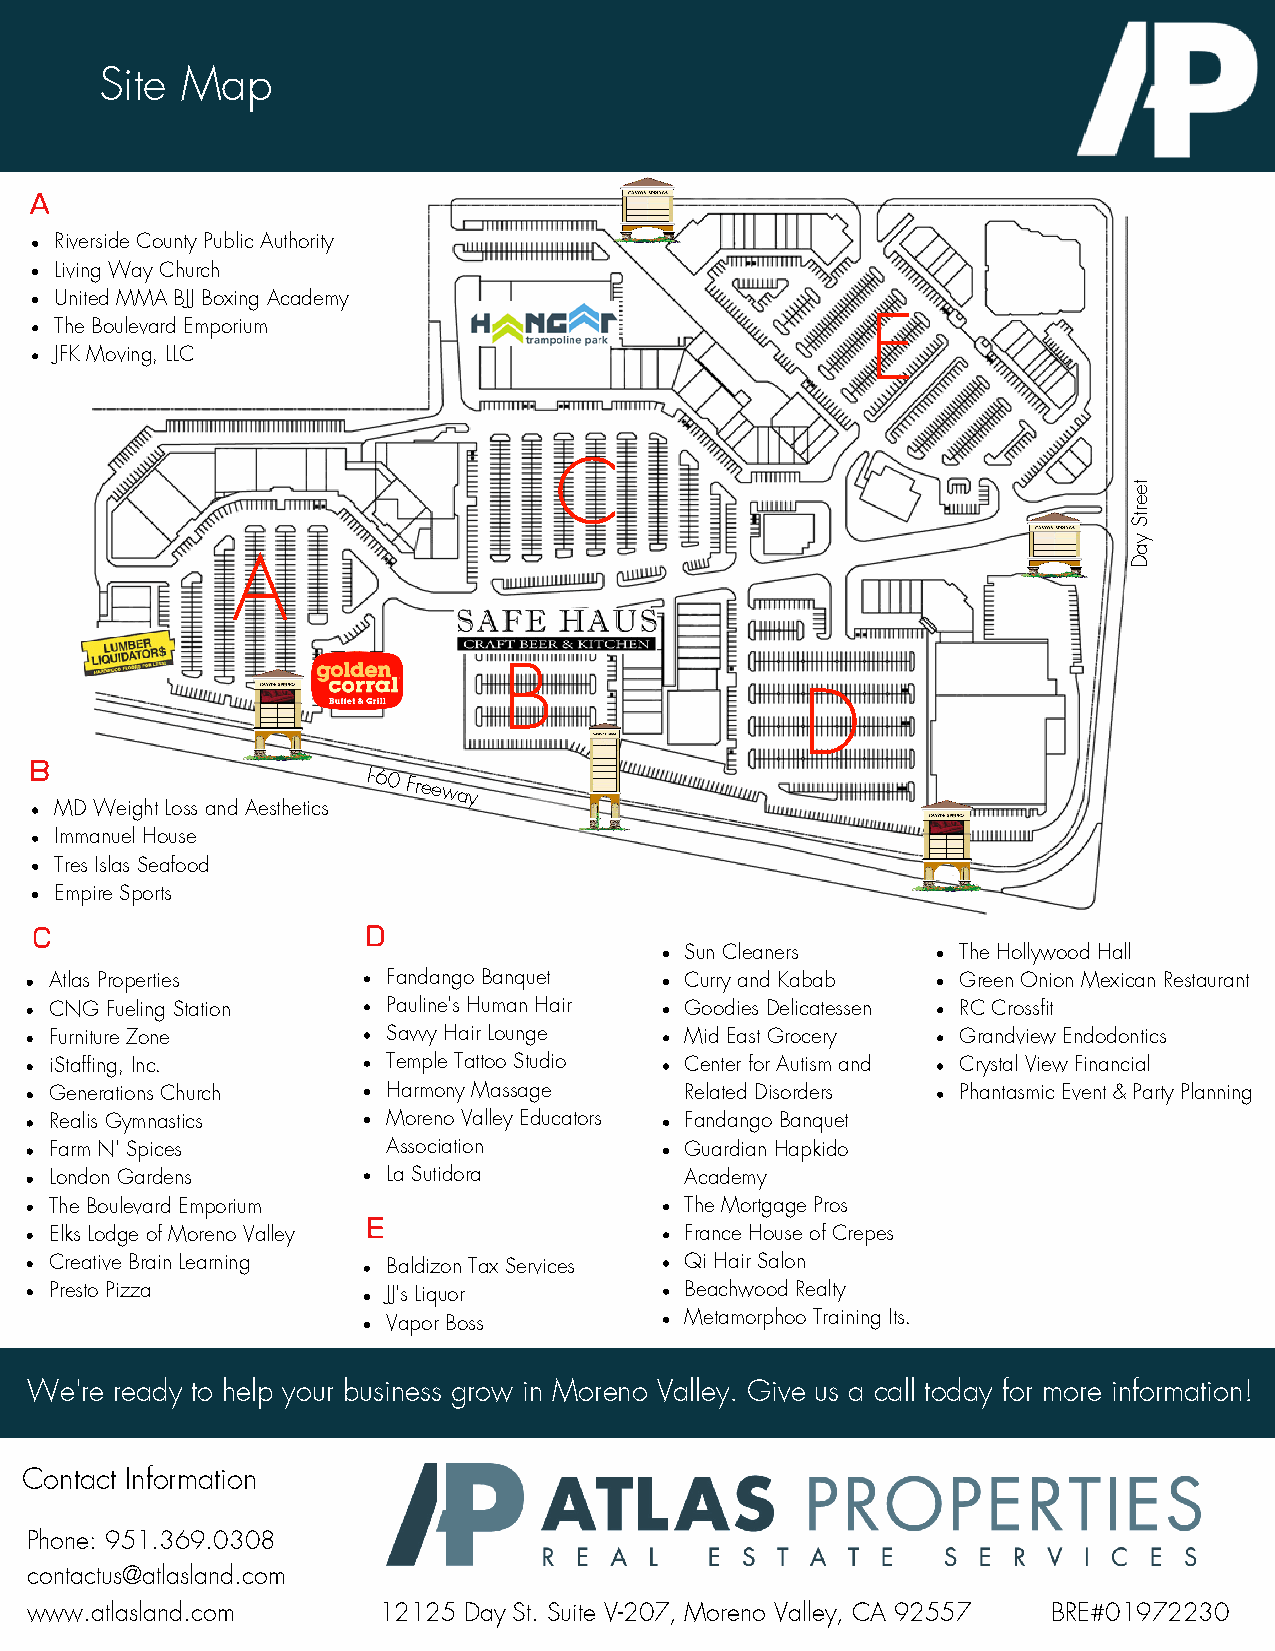
Site Map
 A
 Riverside County Public Authority
 Living Way Church
 United MMA BJJ Boxing Academy
 The Boulevard Emporium                                E
 JFK Moving, LLC
 C
 et
 e
 Str
 y
 a
 A                                                           D
 B
 D
 B
 I-60
 Freeway
 MD Weight Loss and Aesthetics
 Immanuel House
 Tres Islas Seafood
 Empire Sports
 C                     D
 Sun Cleaners       The Hollywood Hall
 Atlas Properties       Fandango Banquet   Curry and Kabab    Green Onion Mexican Restaurant
 CNG Fueling Station    Pauline's Human Hair Goodies Delicatessen RC Crossfit
 Furniture Zone         Savvy Hair Lounge  Mid East Grocery   Grandview Endodontics
 iStaffing, Inc.        Temple Tattoo Studio Center for Autism and Crystal View Financial
 Generations Church     Harmony Massage    Related Disorders  Phantasmic Event & Party Planning
 Realis Gymnastics      Moreno Valley Educators Fandango Banquet
 Farm N' Spices         Association        Guardian Hapkido
 London Gardens         La Sutidora        Academy
 The Boulevard Emporium                    The Mortgage Pros
 E
 Elks Lodge of Moreno Valley               France House of Crepes
 Creative Brain Learning Baldizon Tax Services Qi Hair Salon
 Presto Pizza           JJ's Liquor        Beachwood Realty
 Vapor Boss         Metamorphoo Training Its.
 We're ready to help your business grow in Moreno Valley. Give us a call today for more information!
 Contact Information
 Phone: 951.369.0308
 contactus@atlasland.com
 www.atlasland.com      12125 Day St. Suite V-207, Moreno Valley, CA 92557 BRE#01972230